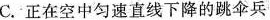
C.正在空中匀速直线下降的跳伞兵